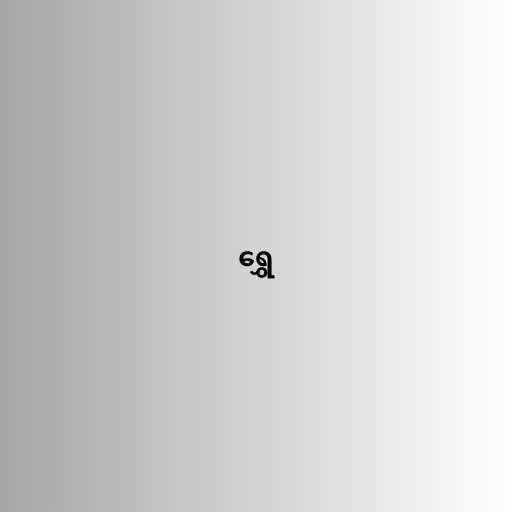
ရွှေ